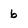
Character: b